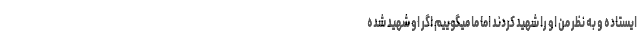
ایستاده و به نظر من او را شهید کردند اما ما میگوییم اگر او شهید شده